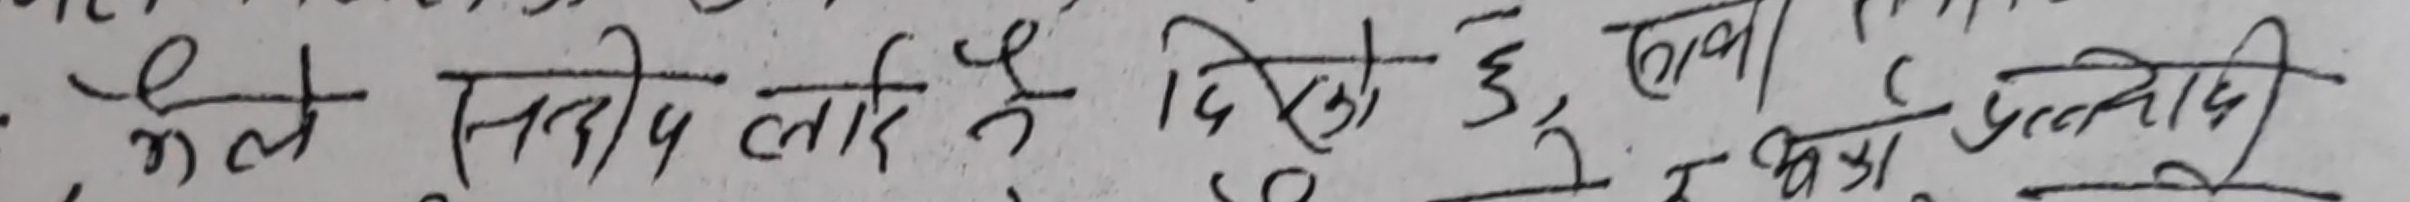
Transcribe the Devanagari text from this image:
भेल सहयोग गरि रहेछ । दिएको छु, लाग्ने प्रेरणा